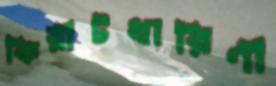
কিরীটধারিণী